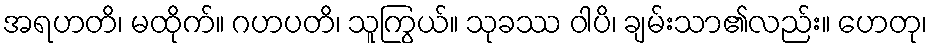
အရဟတိ၊ မထိုက်။ ဂဟပတိ၊ သူကြွယ်။ သုခဿ ဝါပိ၊ ချမ်းသာ၏လည်း။ ဟေတု၊